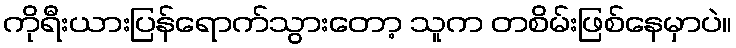
ကိုရီးယားပြန်ရောက်သွားတော့ သူက တစိမ်းဖြစ်နေမှာပဲ။